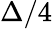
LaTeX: \Delta/4